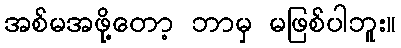
အစ်မအဖို့တော့ ဘာမှ မဖြစ်ပါဘူး။